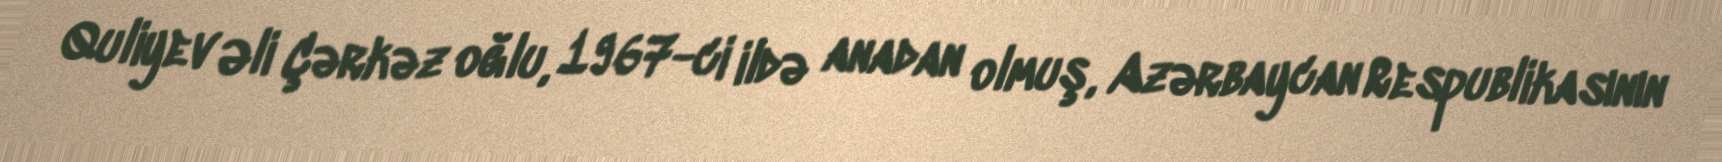
Quliyev Əli Çərkəz oğlu, 1967-ci ildə anadan olmuş, Azərbaycan Respublikasının